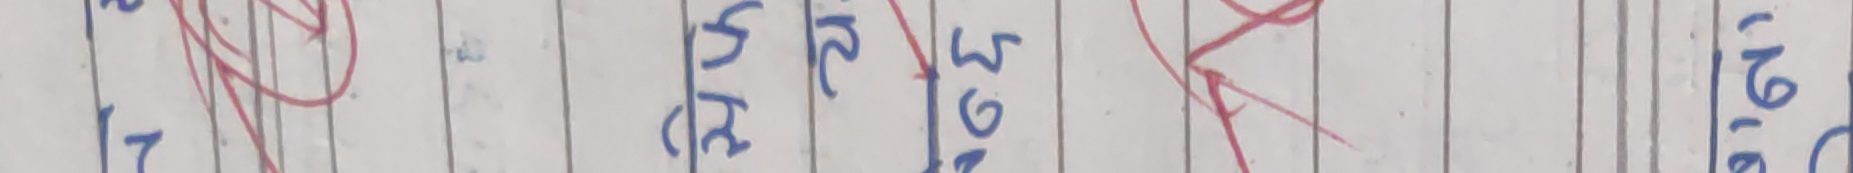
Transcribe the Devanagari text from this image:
भू १६ ३१ ६१